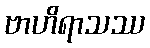
ဗာဟိရာသဿ